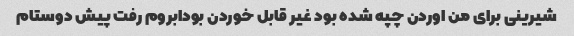
شیرینی برای من اوردن چپه شده بود غیر قابل خوردن بودابروم رفت پیش دوستام